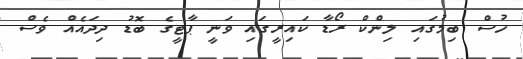
ހުސް ބިމުގައި ލިންކް ރޯޑާ ކައިރީގައި ވަނީ ޕާޓީގެ ބޮޑު ދިދައެއް ވެސް